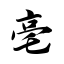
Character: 亳